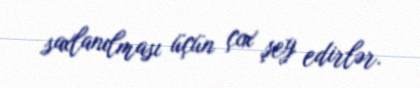
saxlanılması üçün çox şey edirlər.